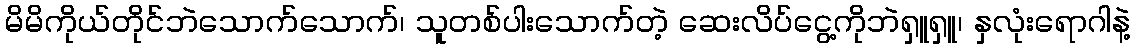
မိမိကိုယ်တိုင်ဘဲသောက်သောက်၊ သူတစ်ပါးသောက်တဲ့ ဆေးလိပ်ငွေ့ကိုဘဲရှူရှူ၊ နှလုံးရောဂါနဲ့